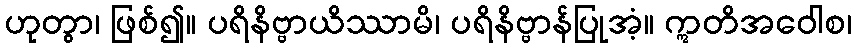
ဟုတွာ၊ ဖြစ်၍။ ပရိနိဗ္ဗာယိဿာမိ၊ ပရိနိဗ္ဗာန်ပြုအံ့။ ဣတိအဝေါစ၊